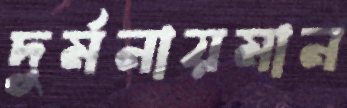
দুর্মনায়মান